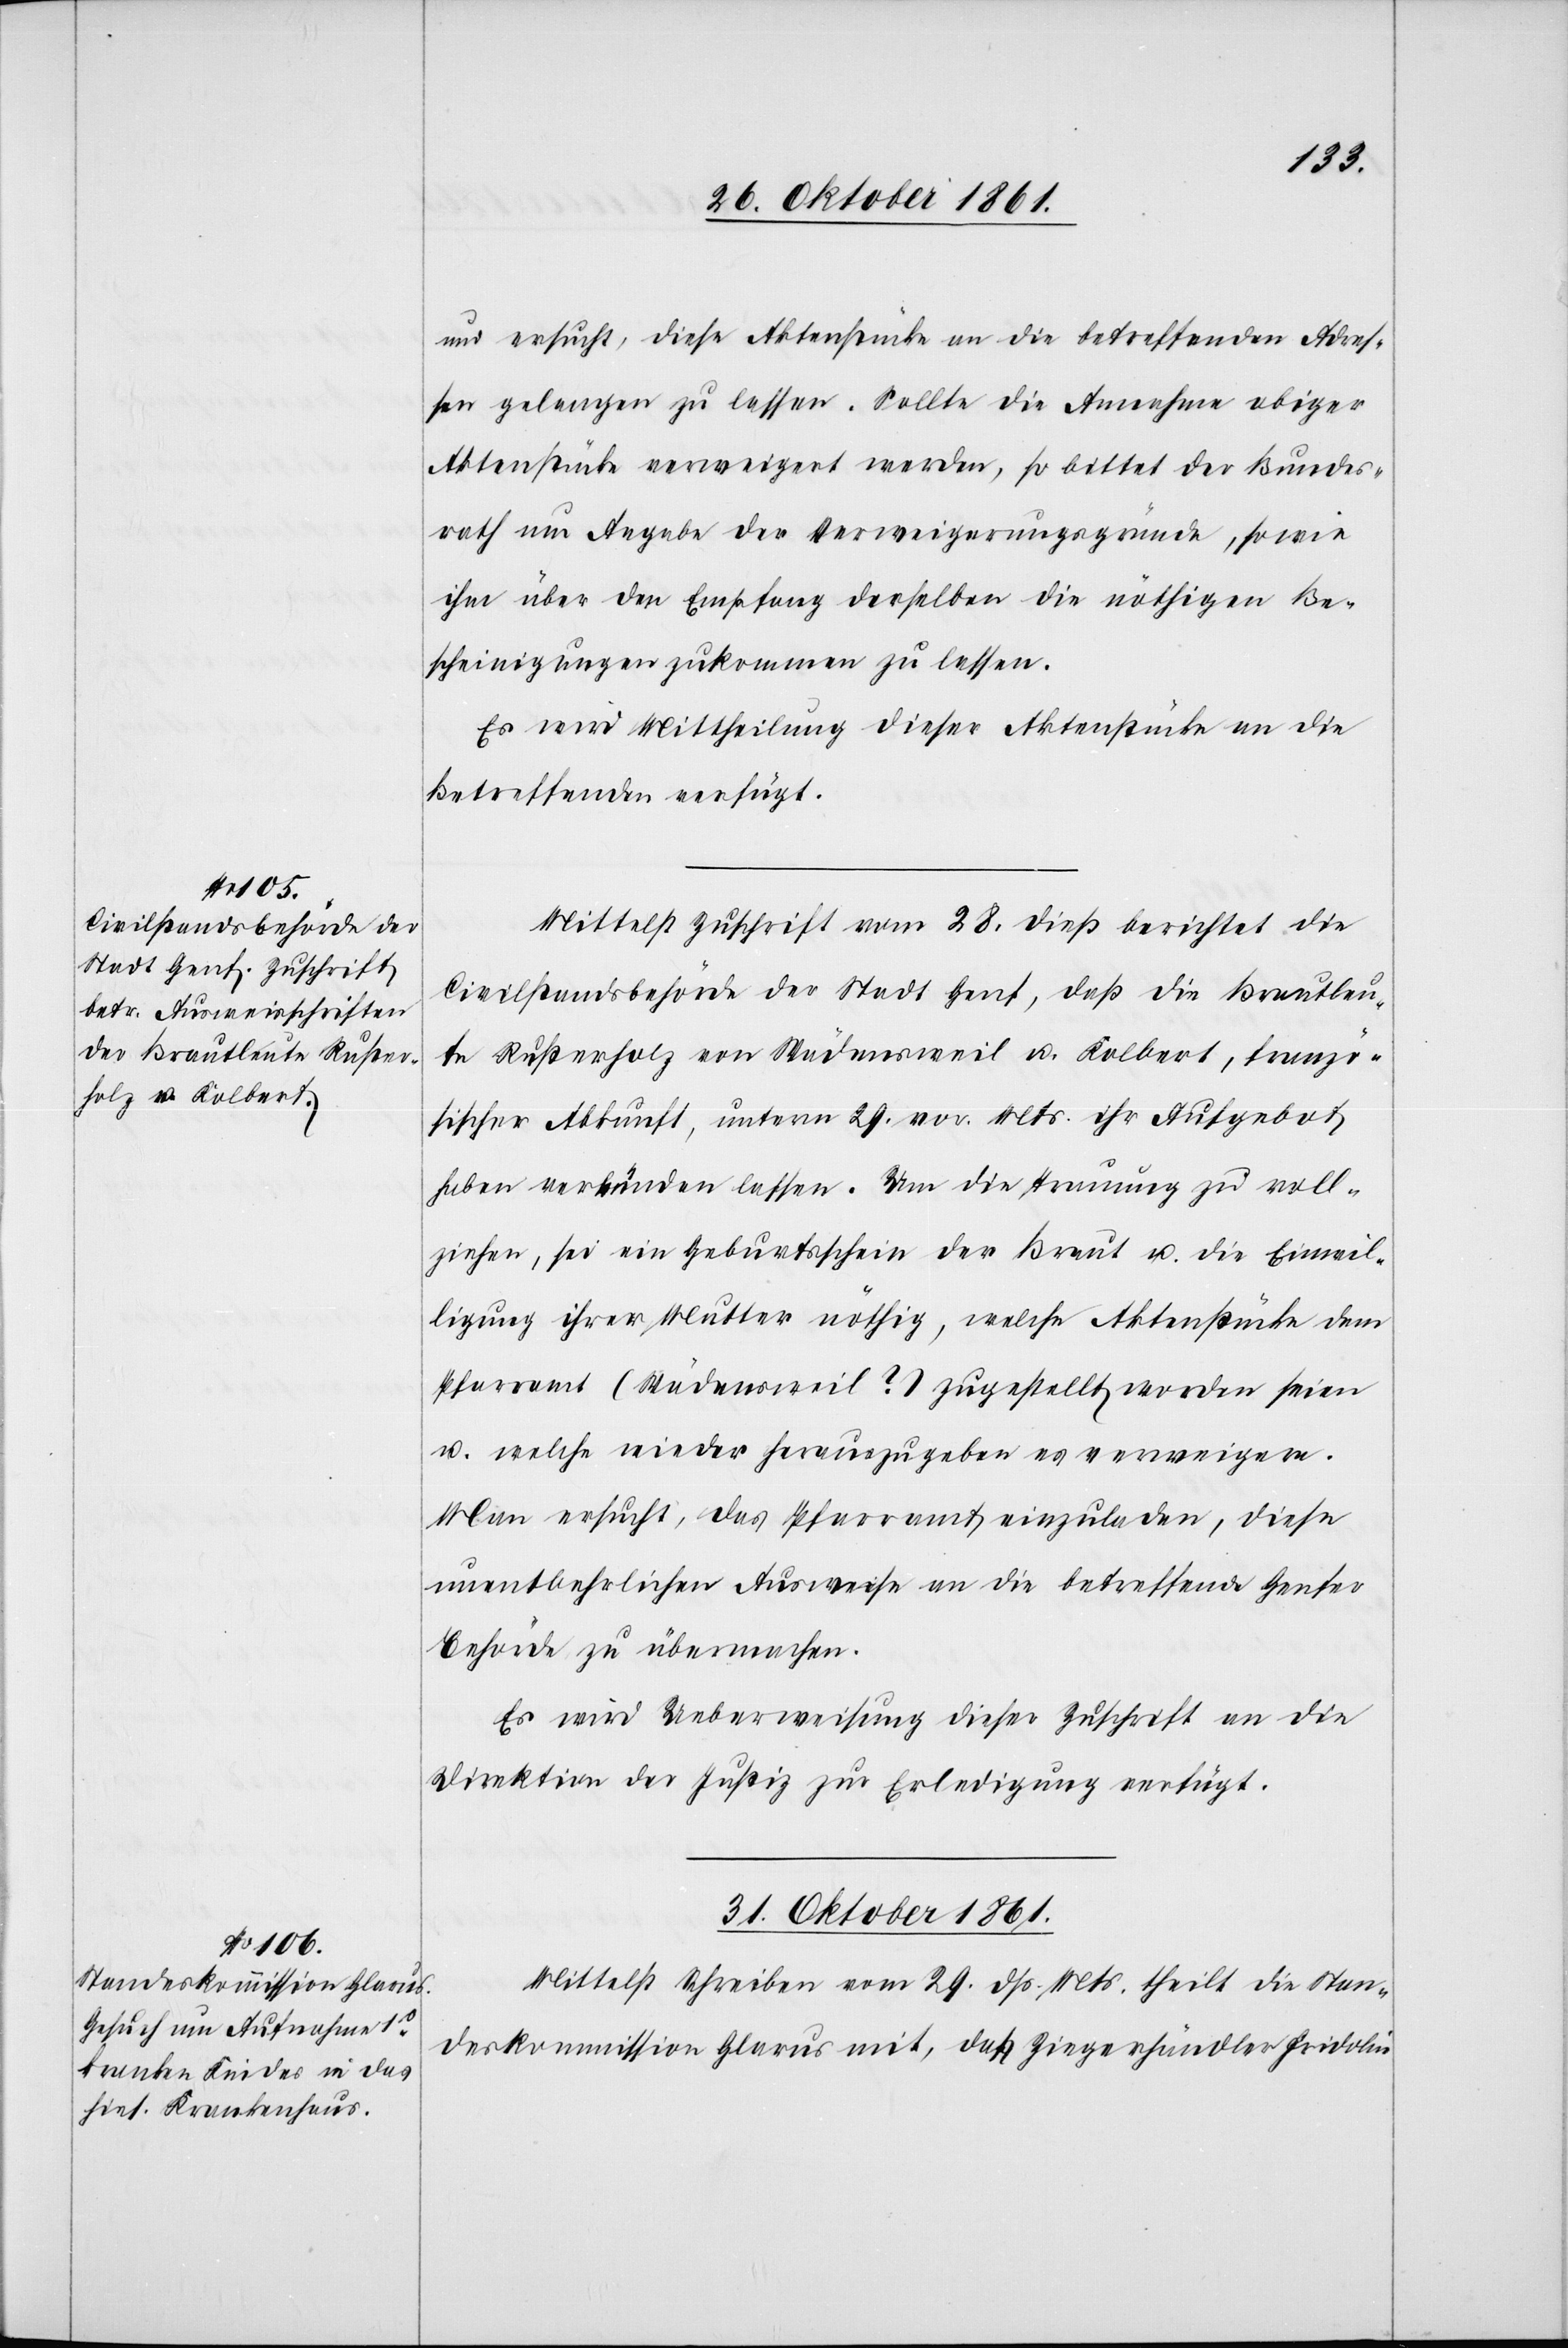
30 Oktober 1861.]
und ersucht, diese Aktenstücke an die betreffenden Adres¬
sen gelangen zu lassen. Sollte die Annahme obiger
Aktenstücke verweigert werden, so bittet der Bundes¬
rath um Angabe der Verweigerungsgründe, sowie
ihm über den Empfang derselben die nöthigen Be¬
scheinigungen zukommen zu lassen.
Es wird Mittheilung dieser Aktenstücke an die
Betreffenden verfügt.
Mittelst Zuschrift vom 28 dieß berichtet die
Civilstandsbehörde der Stadt Genf, daß die Brautleu¬
te Rustenholz von Wädensweil u. Kolbert, franzö¬
sischer Abkunft, unterm 29 vor. Mts. ihr Aufgebot
haben verkünden lassen. Um die Trauung zu voll¬
ziehen, sei ein Geburtsschein der Braut u. die Einwil¬
ligung ihrer Mutter nöthig, welche Aktenstücke dem
Pfarramt (Wädensweil?) zugestellt worden seien
u. welche wieder herauszugeben es verweigere.
Man ersucht, daß Pfarramt einzuladen, diese
unentbehrlichen Ausweise an die betreffende Genfer
Behörde zu übermachen.
Es wird Ueberweisung dieser Zuschrift an die
Direktion der Justiz zur Erledigung verfügt.
31 Oktober 1861.
Mittelst Schreiben vom 29 dß. Mts. theilt die Stan¬
deskommission Glarus mit, daß Ziegerhändler Fridolin